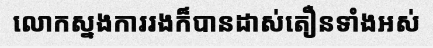
លោកស្នងការរងក៏បានដាស់តឿនទាំងអស់